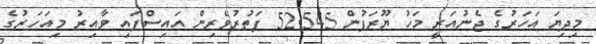
މިދިޔަ އަހަރުގެ ޖެނުއަރީ މަހު ޔޫރަޕުން 52